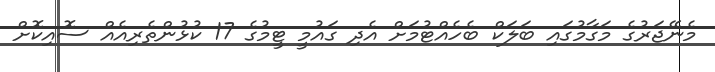
މެނޭޖަރުގެ މަގާމުގައި ބަލަކް ބެހެއްޓުމަށް އެދި ގައުމީ ޓީމުގެ 17 ކުޅުންތެރިއެއް ސޮއިކޮށް